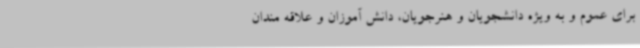
برای عموم و به ویژه دانشجویان و هنرجویان، دانش آموزان و علاقه مندان